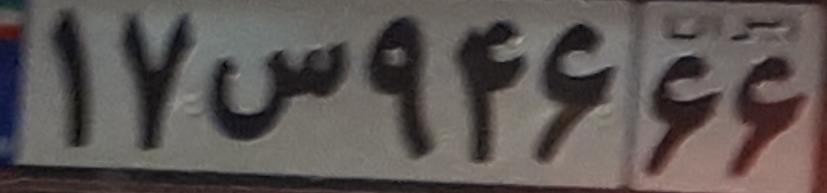
۱۷س۹۴۶۶۶